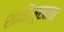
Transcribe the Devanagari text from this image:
शांतिसुखाचा